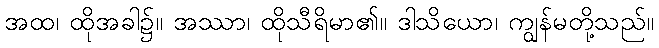
အထ၊ ထိုအခါ၌။ အဿာ၊ ထိုသီရိမာ၏။ ဒါသိယော၊ ကျွန်မတို့သည်။